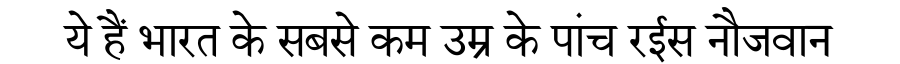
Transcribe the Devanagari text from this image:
ये हैं भारत के सबसे कम उम्र के पांच रईस नौजवान